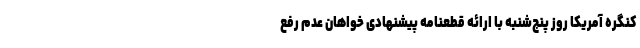
کنگره آمریکا روز پنج‌شنبه با ارائه قطعنامه پیشنهادی خواهان عدم رفع